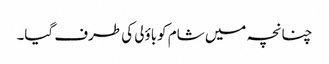
چنانچہ میں شام کوباؤلی کی طرف گیا۔